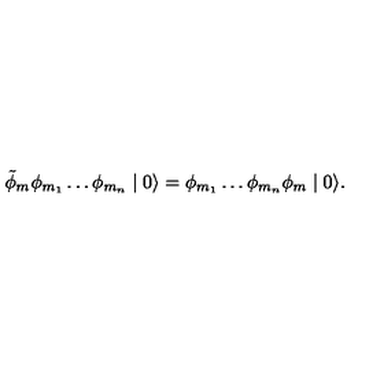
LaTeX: \tilde { \phi } _ { m } \phi _ { m _ { 1 } } \ldots \phi _ { m _ { n } } \mid 0 \rangle = \phi _ { m _ { 1 } } \ldots \phi _ { m _ { n } } \phi _ { m } \mid 0 \rangle .